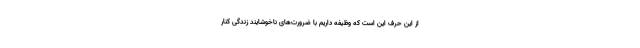
از این حرف این است که وظیفه داریم با ضرورت‌های ناخوشایند زندگی کنار